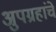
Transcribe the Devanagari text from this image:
अुपग्रहांचे